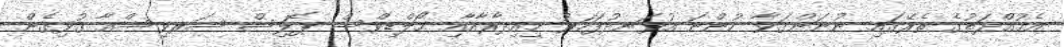
އެމުއްދަތުގެ ތެރޭގައި ނުނަންގަވާ ހުންނަ އުޅަނދުފަހަރު މިއިދާރާއާއި މޯލްޑިވްސް ޕޮލިސް ސަރވިސްއާ ގުޅިގެން